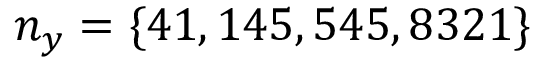
n _ { y } = \{ 4 1 , 1 4 5 , 5 4 5 , 8 3 2 1 \}